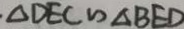
\Delta D E C \sim \Delta B E D